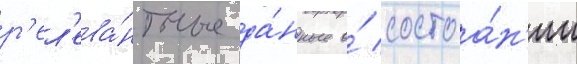
р'ел'ева́нтные да́нные о́ состоа́н'ии